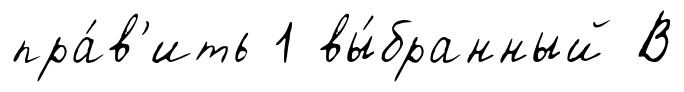
пра́в'ить 1 вы́бранный В